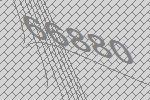
66880